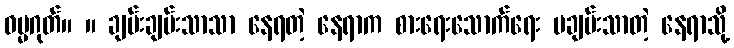
ဓမ္မဂုတ်။ ။ ချမ်းချမ်းသာသာ နေရတဲ့ နေရာက စားရေးသောက်ရေး မချမ်းသာတဲ့ နေရာသို့